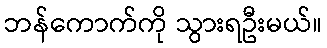
ဘန်ကောက်ကို သွားရဦးမယ်။